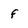
Character: f